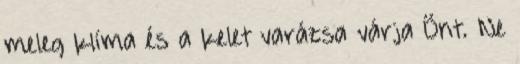
meleg klíma és a kelet varázsa várja Önt. Ne